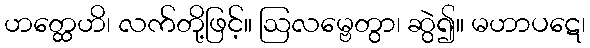
ဟတ္ထေဟိ၊ လက်တို့ဖြင့်။ ဩလမ္ဗေတွာ၊ ဆွဲ၍။ မဟာပဋေ၊